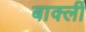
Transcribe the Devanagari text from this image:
बार्क्ली